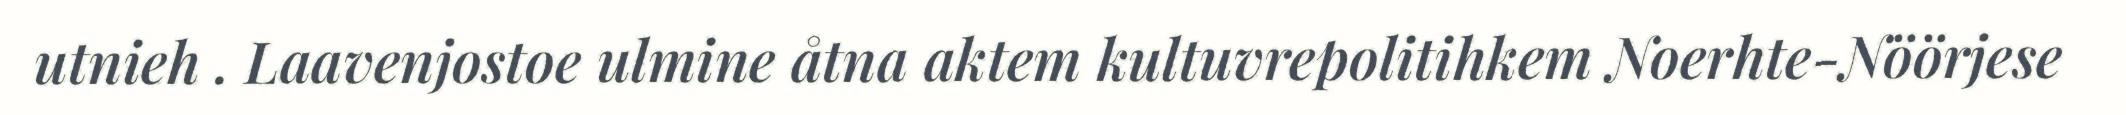
utnieh . Laavenjostoe ulmine åtna aktem kultuvrepolitihkem Noerhte-Nöörjese